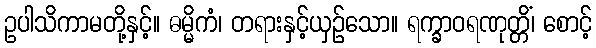
ဥပါသိကာမတို့နှင့်။ ဓမ္မိကံ၊ တရားနှင့်ယှဉ်သော။ ရက္ခာဝရဏုတ္တိံ၊ စောင့်